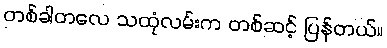
တစ်ခါတလေ သထုံလမ်းက တစ်ဆင့် ပြန်တယ်။